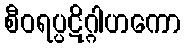
စီဝရပ္ပဋိဂ္ဂါဟကော